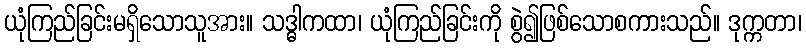
ယုံကြည်ခြင်းမရှိသောသူအား။ သဒ္ဓါကထာ၊ ယုံကြည်ခြင်းကို စွဲ၍ဖြစ်သောစကားသည်။ ဒုက္ကတာ၊